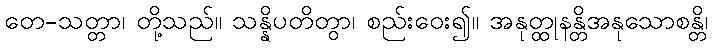
တေ-သတ္တာ၊ တို့သည်။ သန္နိပတိတွာ၊ စည်းဝေး၍။ အနုတ္ထုနန္တိအနုသောစန္တိ၊